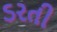
ડરતી